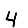
Digit: 4